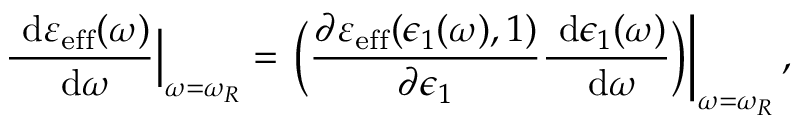
\frac { \ \mathrm { d } \varepsilon _ { \mathrm { e f f } } ( \omega ) } { \ \mathrm { d } \omega } \Big \vert _ { \omega = \omega _ { R } } = \left. \bigg ( \frac { \partial \varepsilon _ { \mathrm { e f f } } ( \epsilon _ { 1 } ( \omega ) , 1 ) } { \partial \epsilon _ { 1 } } \frac { \ \mathrm { d } \epsilon _ { 1 } ( \omega ) } { \ \mathrm { d } \omega } \bigg ) \right\vert _ { \omega = \omega _ { R } } ,